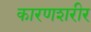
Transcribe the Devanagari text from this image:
कारणशरीर